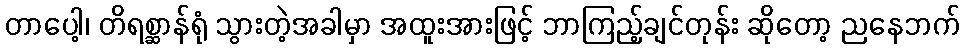
တာပေါ့၊ တိရစ္ဆာန်ရုံ သွားတဲ့အခါမှာ အထူးအားဖြင့် ဘာကြည့်ချင်တုန်း ဆိုတော့ ညနေဘက်